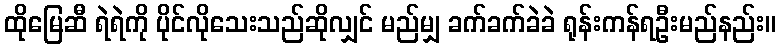
ထိုမြေဆီ ရဲရဲကို ပိုင်လိုသေးသည်ဆိုလျှင် မည်မျှ ခက်ခက်ခဲခဲ ရုန်းကန်ရဦးမည်နည်း။